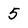
Character: 5